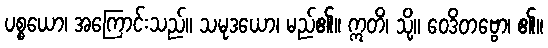
ပစ္စယော၊ အကြောင်းသည်။ သမုဒယော၊ မည်၏။ ဣတိ၊ သို့။ ဝေဒိတဗ္ဗော၊ ၏။